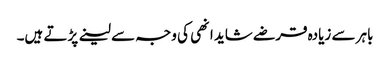
باہر سے زیادہ قرضے شاید انھی کی وجہ سے لینے پڑتے ہیں۔